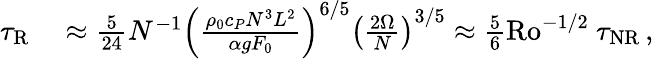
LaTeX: \begin{array}{rl}{\tau_{\mathrm{R}}}&{{}\approx\frac{5}{24}N^{-1}\left(\frac{\rho_{0}c_{P}N^{3}L^{2}}{\alpha gF_{0}}\right)^{6/5}\left(\frac{2\Omega}{N}\right)^{3/5}\approx\frac{5}{6}\mathrm{Ro}^{-1/2}~\tau_{\mathrm{NR}}\, ,}\end{array}